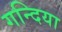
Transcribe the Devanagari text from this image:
गन्दिया